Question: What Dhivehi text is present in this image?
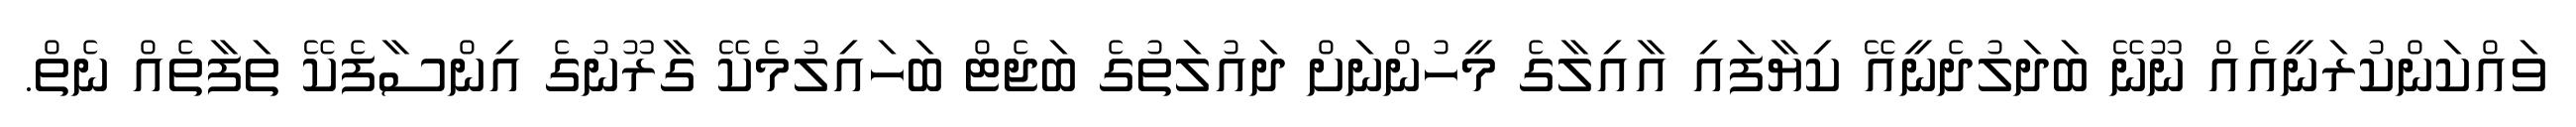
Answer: ވައްކަންކުރަނީއެއް ނޫނޭ ބަދަލުދެނީއޭ ކިޔާފައި އާއިލާގެ މީހުންނަށް ދައުލަތުގެ ބަޖެޓް ބަހައިލުމެކޭ ގާރޫނުގެ އިންސާފެކޭ ތަފާތެއް ނެތް.